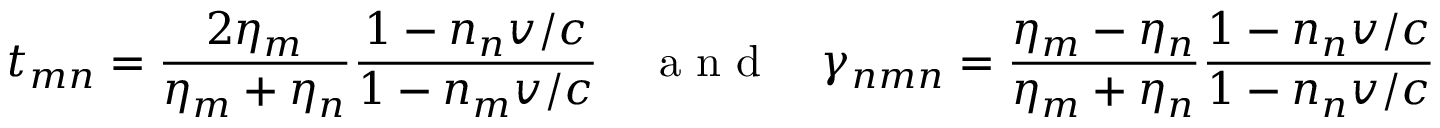
t _ { m n } = \frac { 2 \eta _ { m } } { \eta _ { m } + \eta _ { n } } \frac { 1 - n _ { n } v / c } { 1 - n _ { m } v / c } \quad \mathrm { ~ a ~ n ~ d ~ } \quad \gamma _ { n m n } = \frac { \eta _ { m } - \eta _ { n } } { \eta _ { m } + \eta _ { n } } \frac { 1 - n _ { n } v / c } { 1 - n _ { n } v / c }